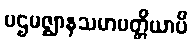
ပဌမဇ္ဈာနသမာပတ္တိယာပိ